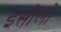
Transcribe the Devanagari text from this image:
इसोलो